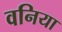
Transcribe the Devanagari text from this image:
वनिया